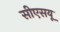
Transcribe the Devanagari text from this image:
सीएसयू